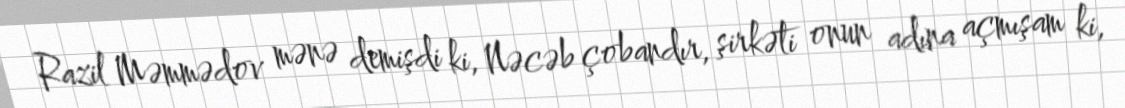
Razil Məmmədov mənə demişdi ki, Nəcəb çobandır, şirkəti onun adına açmışam ki,